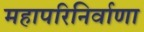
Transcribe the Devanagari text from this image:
महापरिनिर्वाणा